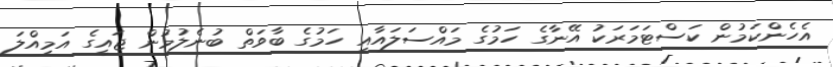
އެހެންކަމުން ކަސްޓަމަރަކު އޭނާގެ ހަމުގެ މައްސަލައާއި ހަމުގެ ބާވަތް ބުނެލުމުން ޖައީގެ އަމިއްލަ